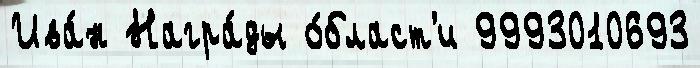
Ива́н Награ́ды о́бласт'и 9993010693